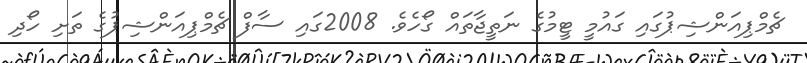
ޗެމްޕިއަންޝިޕުގައި ގައުމީ ޓީމުގެ ނަތީޖާތައް ގޯހެވެ. 2008ގައި ސާފް ޗެމްޕިއަންޝިޕުގެ ތަށި ހޯދި